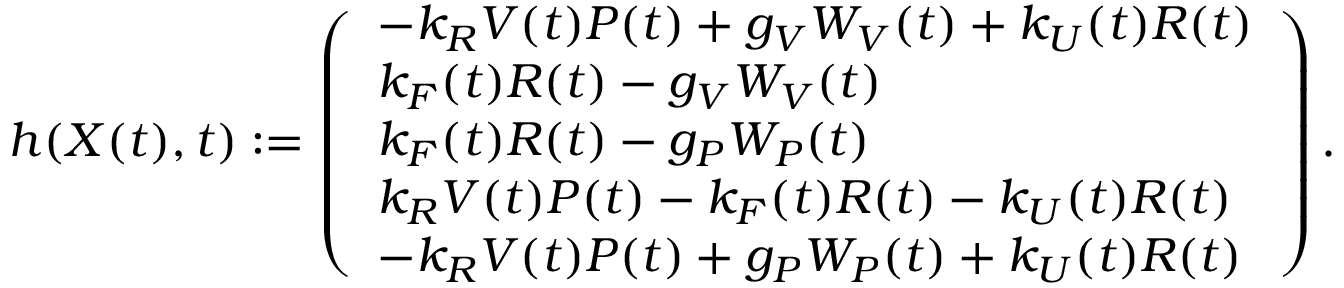
h ( \boldsymbol { X } ( t ) , t ) : = \left( \begin{array} { l } { - k _ { R } V ( t ) P ( t ) + g _ { V } W _ { V } ( t ) + k _ { U } ( t ) R ( t ) } \\ { k _ { F } ( t ) R ( t ) - g _ { V } W _ { V } ( t ) } \\ { k _ { F } ( t ) R ( t ) - g _ { P } W _ { P } ( t ) } \\ { k _ { R } V ( t ) P ( t ) - k _ { F } ( t ) R ( t ) - k _ { U } ( t ) R ( t ) } \\ { - k _ { R } V ( t ) P ( t ) + g _ { P } W _ { P } ( t ) + k _ { U } ( t ) R ( t ) } \end{array} \right) .